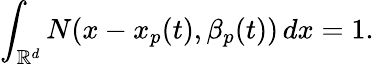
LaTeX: \int_{\mathbb{R}^{d}}{N}(x-x_{p}(t),\beta_{p}(t))\, dx=1.